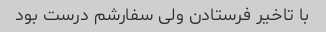
با تاخیر فرستادن ولی سفارشم درست بود